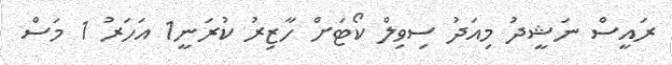
ރައީސް ނަޝީދު މިއަދު ސިވިލް ކޯޓަށް ހާޒިރު ކުރަނީ1 އަހަރު 1 މަސް